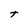
Character: t